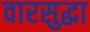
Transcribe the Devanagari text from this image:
वारसुद्धा